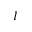
I